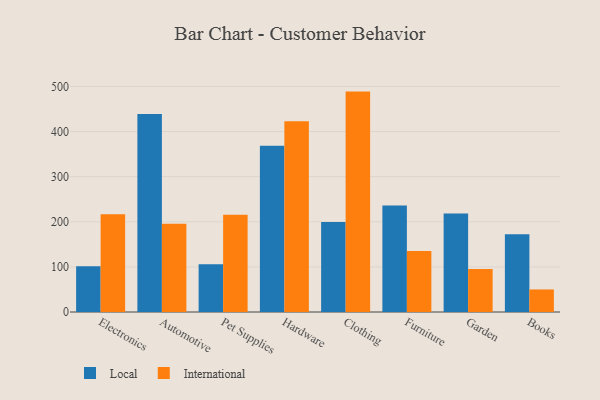
{"axis": {"x": "Category", "y": "Active Users"}, "legend": ["International", "Local"], "data": [{"x": "Electronics", "y": 101.5, "type": "Local"}, {"x": "Electronics", "y": 216.8, "type": "International"}, {"x": "Automotive", "y": 439.0, "type": "Local"}, {"x": "Automotive", "y": 195.6, "type": "International"}, {"x": "Pet Supplies", "y": 105.6, "type": "Local"}, {"x": "Pet Supplies", "y": 215.5, "type": "International"}, {"x": "Hardware", "y": 368.6, "type": "Local"}, {"x": "Hardware", "y": 423.0, "type": "International"}, {"x": "Clothing", "y": 199.5, "type": "Local"}, {"x": "Clothing", "y": 488.6, "type": "International"}, {"x": "Furniture", "y": 236.2, "type": "Local"}, {"x": "Furniture", "y": 135.2, "type": "International"}, {"x": "Garden", "y": 218.3, "type": "Local"}, {"x": "Garden", "y": 95.4, "type": "International"}, {"x": "Books", "y": 172.1, "type": "Local"}, {"x": "Books", "y": 50.0, "type": "International"}]}